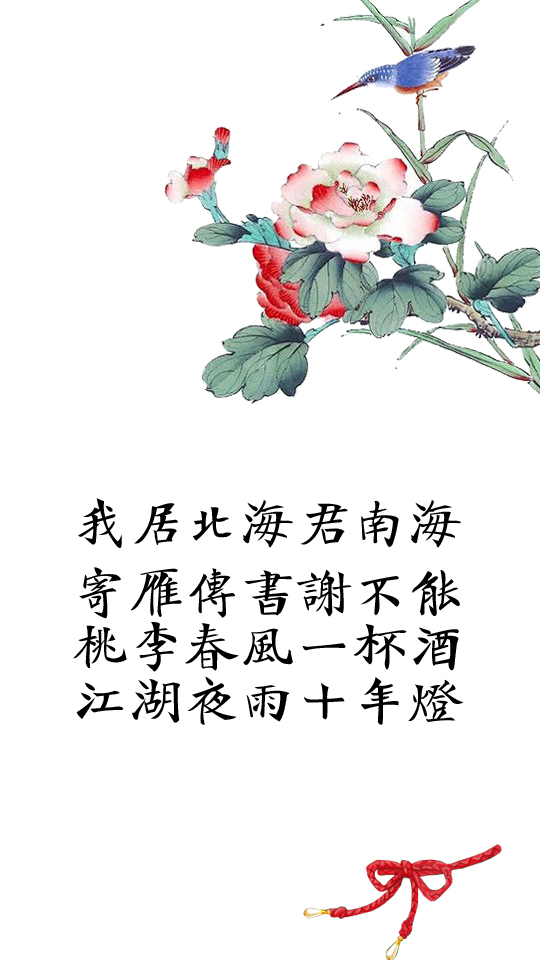
我居北海君南海，寄雁传书谢不能。